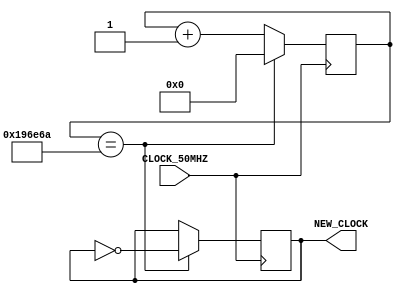

/*

@t4rcisio
2021
BR

*/

module display_clock(CLOCK_50MHZ, NEW_CLOCK);

input CLOCK_50MHZ;
output NEW_CLOCK;

reg [32:0] COUNTER;
reg WAVE;
reg [32:0] MAX_COUNTER;


initial COUNTER = 0;
initial WAVE = 0;
initial MAX_COUNTER = 32'h196E6A;

/*
SET MAX_COUNTER TO CHANGE OUTPUT CLOCK 

32'h2FAF080 - TO 01HZ CLOCK
32'h989680  - TO 05HZ CLOCK
32'h4C4B40  - TO 10HZ CLOCK
32'h2625A0  - TO 20HZ CLOCK
32'h196E6A   - TO 30HZ CLOCK
32'hCB735   - TO 60HZ CLOCK
32'h7A120   - TO 100HZ CLOCK


*/

assign NEW_CLOCK = WAVE;


always @(negedge CLOCK_50MHZ)
	begin
		
		if(COUNTER == MAX_COUNTER)
			begin
				COUNTER = 0;
				WAVE = !WAVE;
			end
		else
			begin
				COUNTER = COUNTER+1;
			end
		
	end
endmodule